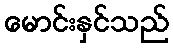
မောင်းနှင်သည်